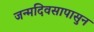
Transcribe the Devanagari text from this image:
जन्मदिवसापासुन